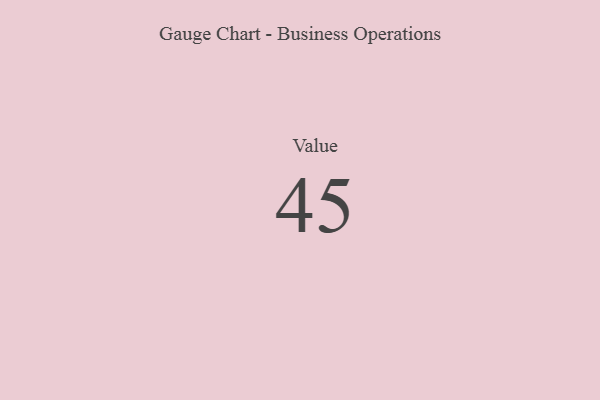
{"axis": {"x": "Metric", "y": "Value"}, "legend": [""], "data": [{"x": "Value", "y": 45, "type": ""}]}